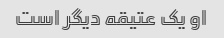
او یک عتیقه دیگر است